Civil Veterinary Department. Central Provinces & Berar 1932-41 - 1932-1941
Year: 1932
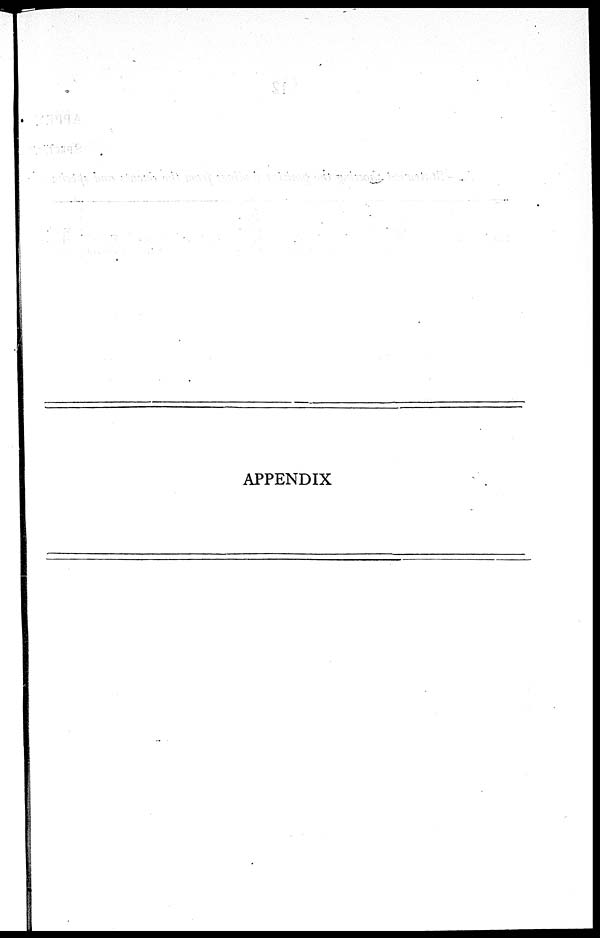
APPENDIX